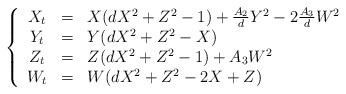
LaTeX: \begin{align*}\left\{ \begin{array}{ccl}X_t & = & X(dX^2 + Z^2 -1) + \frac{A_2}{d}Y^2 - 2\frac{A_3}{d}W^2 \\Y_t & = & Y(dX^2 + Z^2 - X) \\Z_t & = & Z(dX^2+Z^2 -1) + A_3W^2 \\W_t & = & W(dX^2 + Z^2 - 2X + Z )\\\end{array} \right.\end{align*}